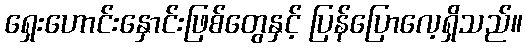
ရှေးဟောင်းနှောင်းဖြစ်တွေနှင့် ပြန်ပြောလေ့ရှိသည်။